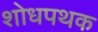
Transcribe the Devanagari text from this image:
शोधपथक